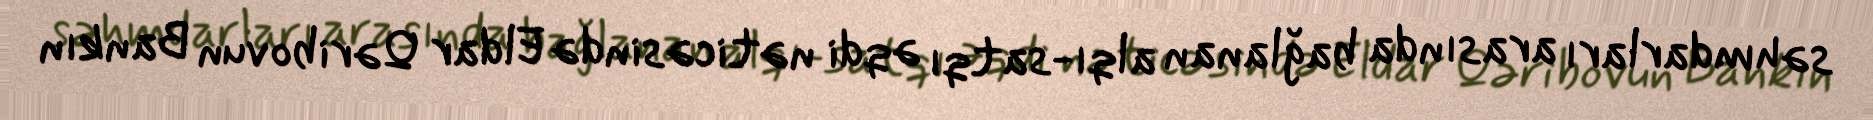
səhmdarları arasında bağlanan alqı-satqı əqdi nəticəsində Eldar Qəribovun Bankın